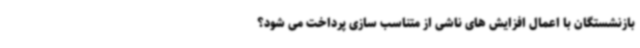
بازنشستگان با اعمال افزایش های ناشی از متناسب سازی پرداخت می شود؟